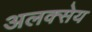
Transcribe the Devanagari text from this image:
अलक्सेय